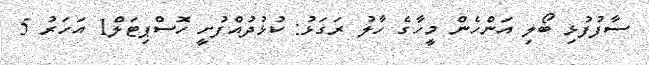
ސާފުފުޅި ބޯލި އަންހެން މީހާގެ ހާލު ރަގަޅު: ކުޅުދުއްފުށީ ހޮސްޕިޓަލް1 އަހަރު 5